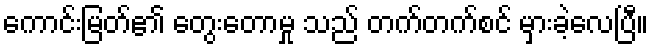
ကောင်းမြတ်၏ တွေးတောမှု သည် တက်တက်စင် မှားခဲ့လေပြီ။